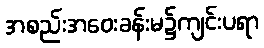
အစည်းအဝေးခန်းမ၌ကျင်းပရာ